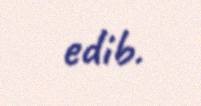
edib.